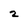
Character: 2